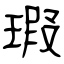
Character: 瑕